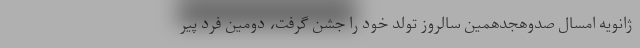
ژانویه امسال صدوهجدهمین سالروز تولد خود را جشن گرفت، دومین فرد پیر